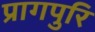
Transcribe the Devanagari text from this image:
प्रागपुरि